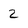
Character: 2